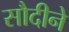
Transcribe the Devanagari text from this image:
सौदीने